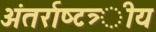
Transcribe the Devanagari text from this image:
अंतर्राष्‍टत्र्ीय